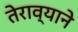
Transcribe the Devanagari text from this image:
तेराव्याने